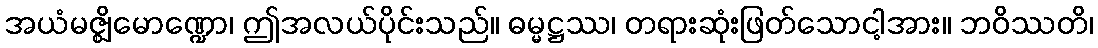
အယံမဇ္ဈိမောဏ္ဍော၊ ဤအလယ်ပိုင်းသည်။ ဓမ္မဋ္ဌဿ၊ တရားဆုံးဖြတ်သောငါ့အား။ ဘဝိဿတိ၊